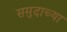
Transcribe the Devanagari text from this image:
समुदाच्या